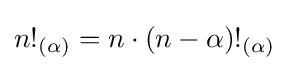
n!_{(\alpha )}=n\cdot (n-\alpha )!_{(\alpha )}